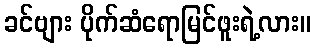
ခင်ဗျား ပိုက်ဆံရောမြင်ဖူးရဲ့လား။